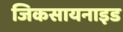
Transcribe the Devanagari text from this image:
जिकसायनाइड